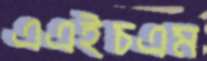
এএইচএম